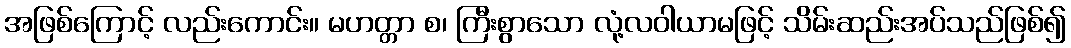
အဖြစ်ကြောင့် လည်းကောင်း။ မဟတ္တာ စ၊ ကြီးစွာသော လုံ့လဝါယာမဖြင့် သိမ်းဆည်းအပ်သည်ဖြစ်၍